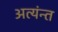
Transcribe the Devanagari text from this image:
अत्यंन्त